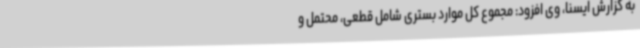
به گزارش ایسنا، وی افزود: مجموع کل موارد بستری شامل قطعی، محتمل و